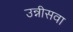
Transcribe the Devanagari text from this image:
उन्नीसवा